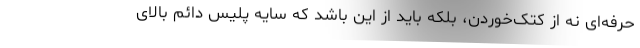
حرفه‌ای نه از کتک‌خوردن، بلکه باید از این باشد که سایه پلیس دائم بالای